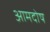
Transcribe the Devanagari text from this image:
आमदोष